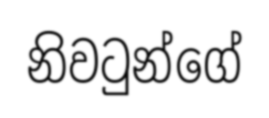
නිවටුන්ගේ